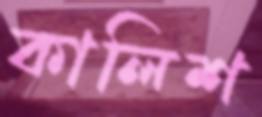
কালিশ